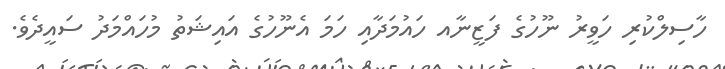
ހާސިލްކުރި ހަވީރު ނޫހުގެ ފަޒީނާއ ހައުމަދާއި ހަމަ އެނޫހުގެ އައިޝަތު މުހައްމަދު ސައީދެވެ.